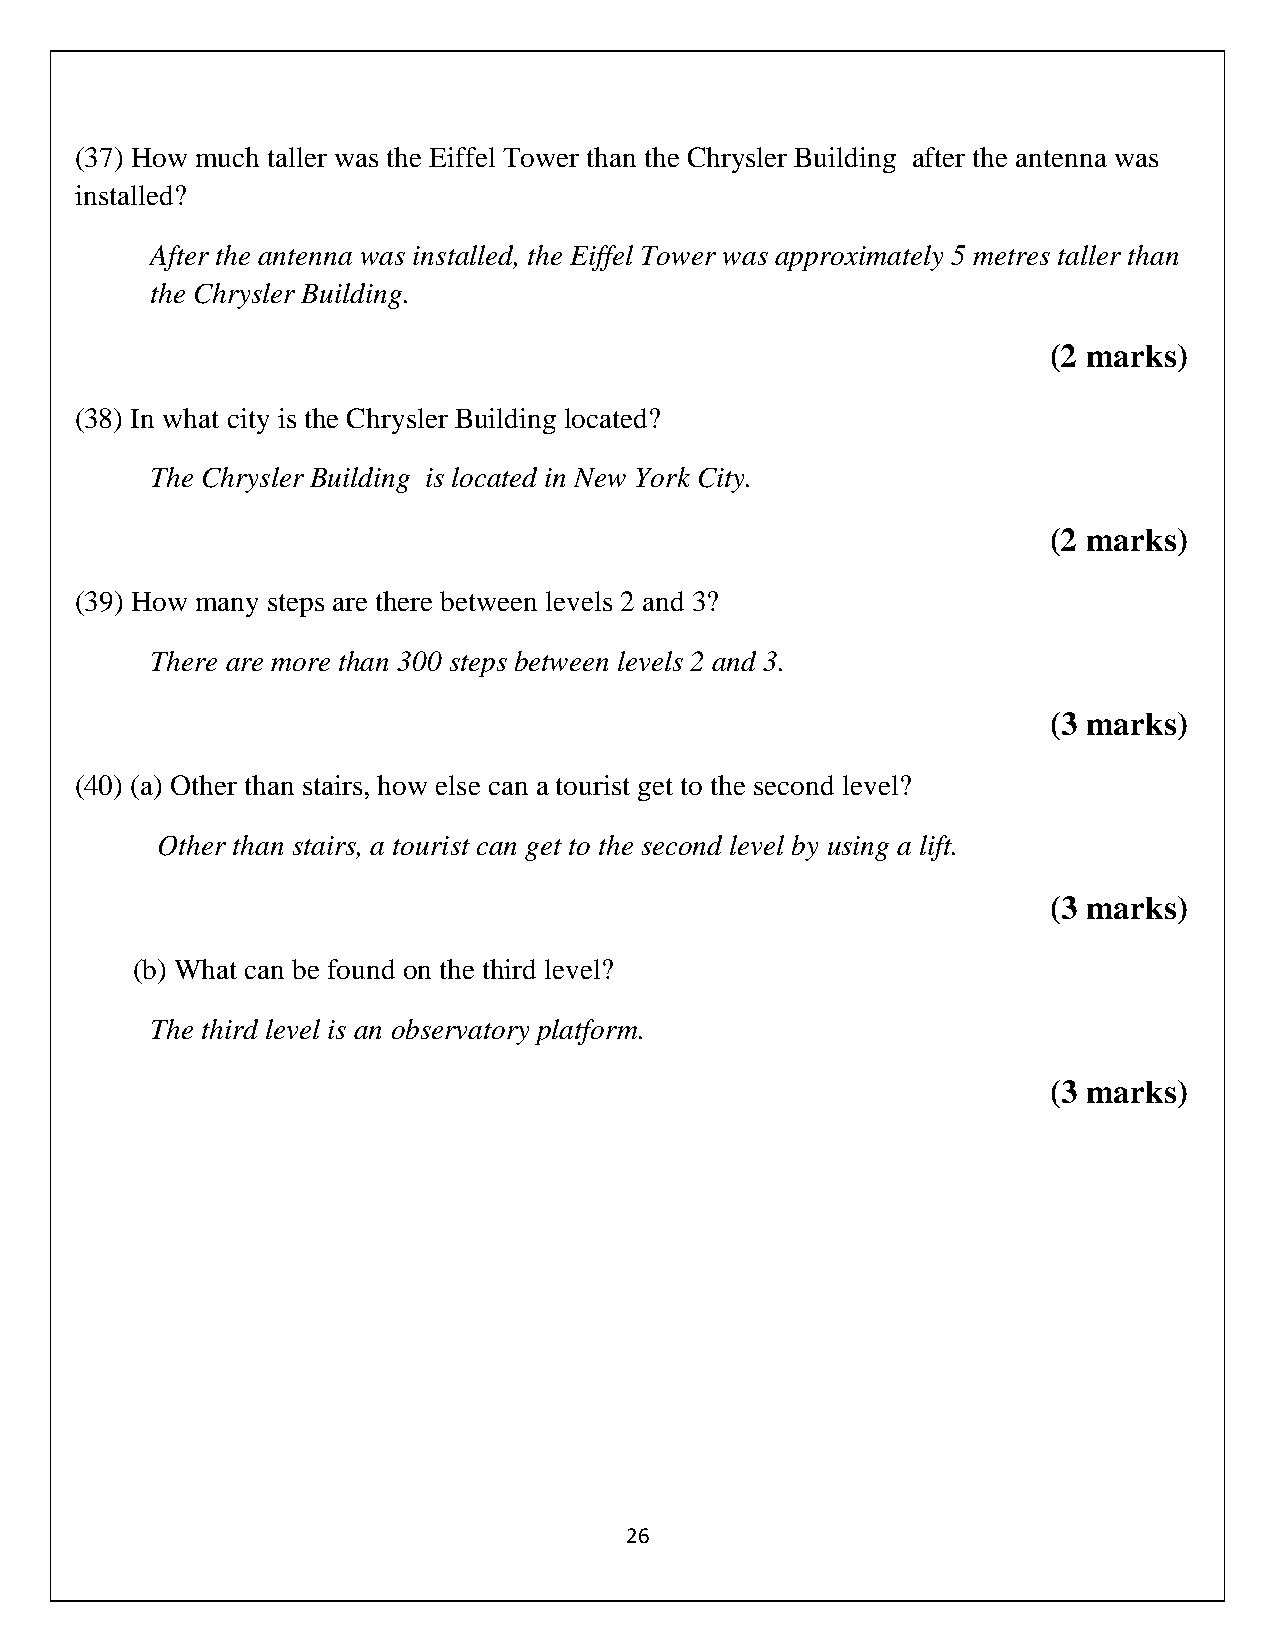
(37) How much taller was the Eiffel Tower than the Chrysler Building after the antenna was
 installed?
 After the antenna was installed, the Eiffel Tower was approximately 5 metres taller than
 the Chrysler Building.
 (2 marks)
 (38) In what city is the Chrysler Building located?
 The Chrysler Building is located in New York City.
 (2 marks)
 (39) How many steps are there between levels 2 and 3?
 There are more than 300 steps between levels 2 and 3.
 (3 marks)
 (40) (a) Other than stairs, how else can a tourist get to the second level?
 Other than stairs, a tourist can get to the second level by using a lift.
 (3 marks)
 (b) What can be found on the third level?
 The third level is an observatory platform.
 (3 marks)
 26